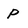
Character: P